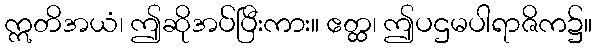
ဣတိအယံ၊ ဤဆိုအပ်ပြီးကား။ ဧတ္ထ၊ ဤပဌမပါရာဇိက၌။